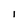
Character: I